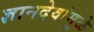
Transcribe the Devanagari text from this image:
ज्ञानदेवांमुळे